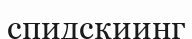
спидскиинг